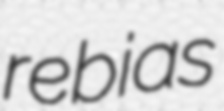
rebias